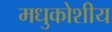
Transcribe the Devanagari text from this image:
मधुकोशीय